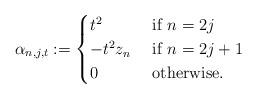
LaTeX: \begin{align*}\alpha_{n,j,t}:=\begin{cases} t^2&\mbox{ if }n=2j\\ -t^2z_n&\mbox{ if }n=2j+1\\ 0 & \mbox{ otherwise.}\end{cases}\end{align*}